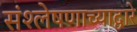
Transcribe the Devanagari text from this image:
संश्लेषणाच्याद्वारे